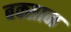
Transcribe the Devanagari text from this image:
बक्सान